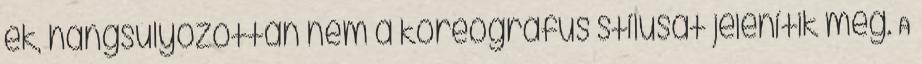
ek, hangsúlyozottan nem a koreográfus stílusát jelenítik meg. A